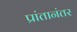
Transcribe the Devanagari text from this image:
प्रांतानंतर